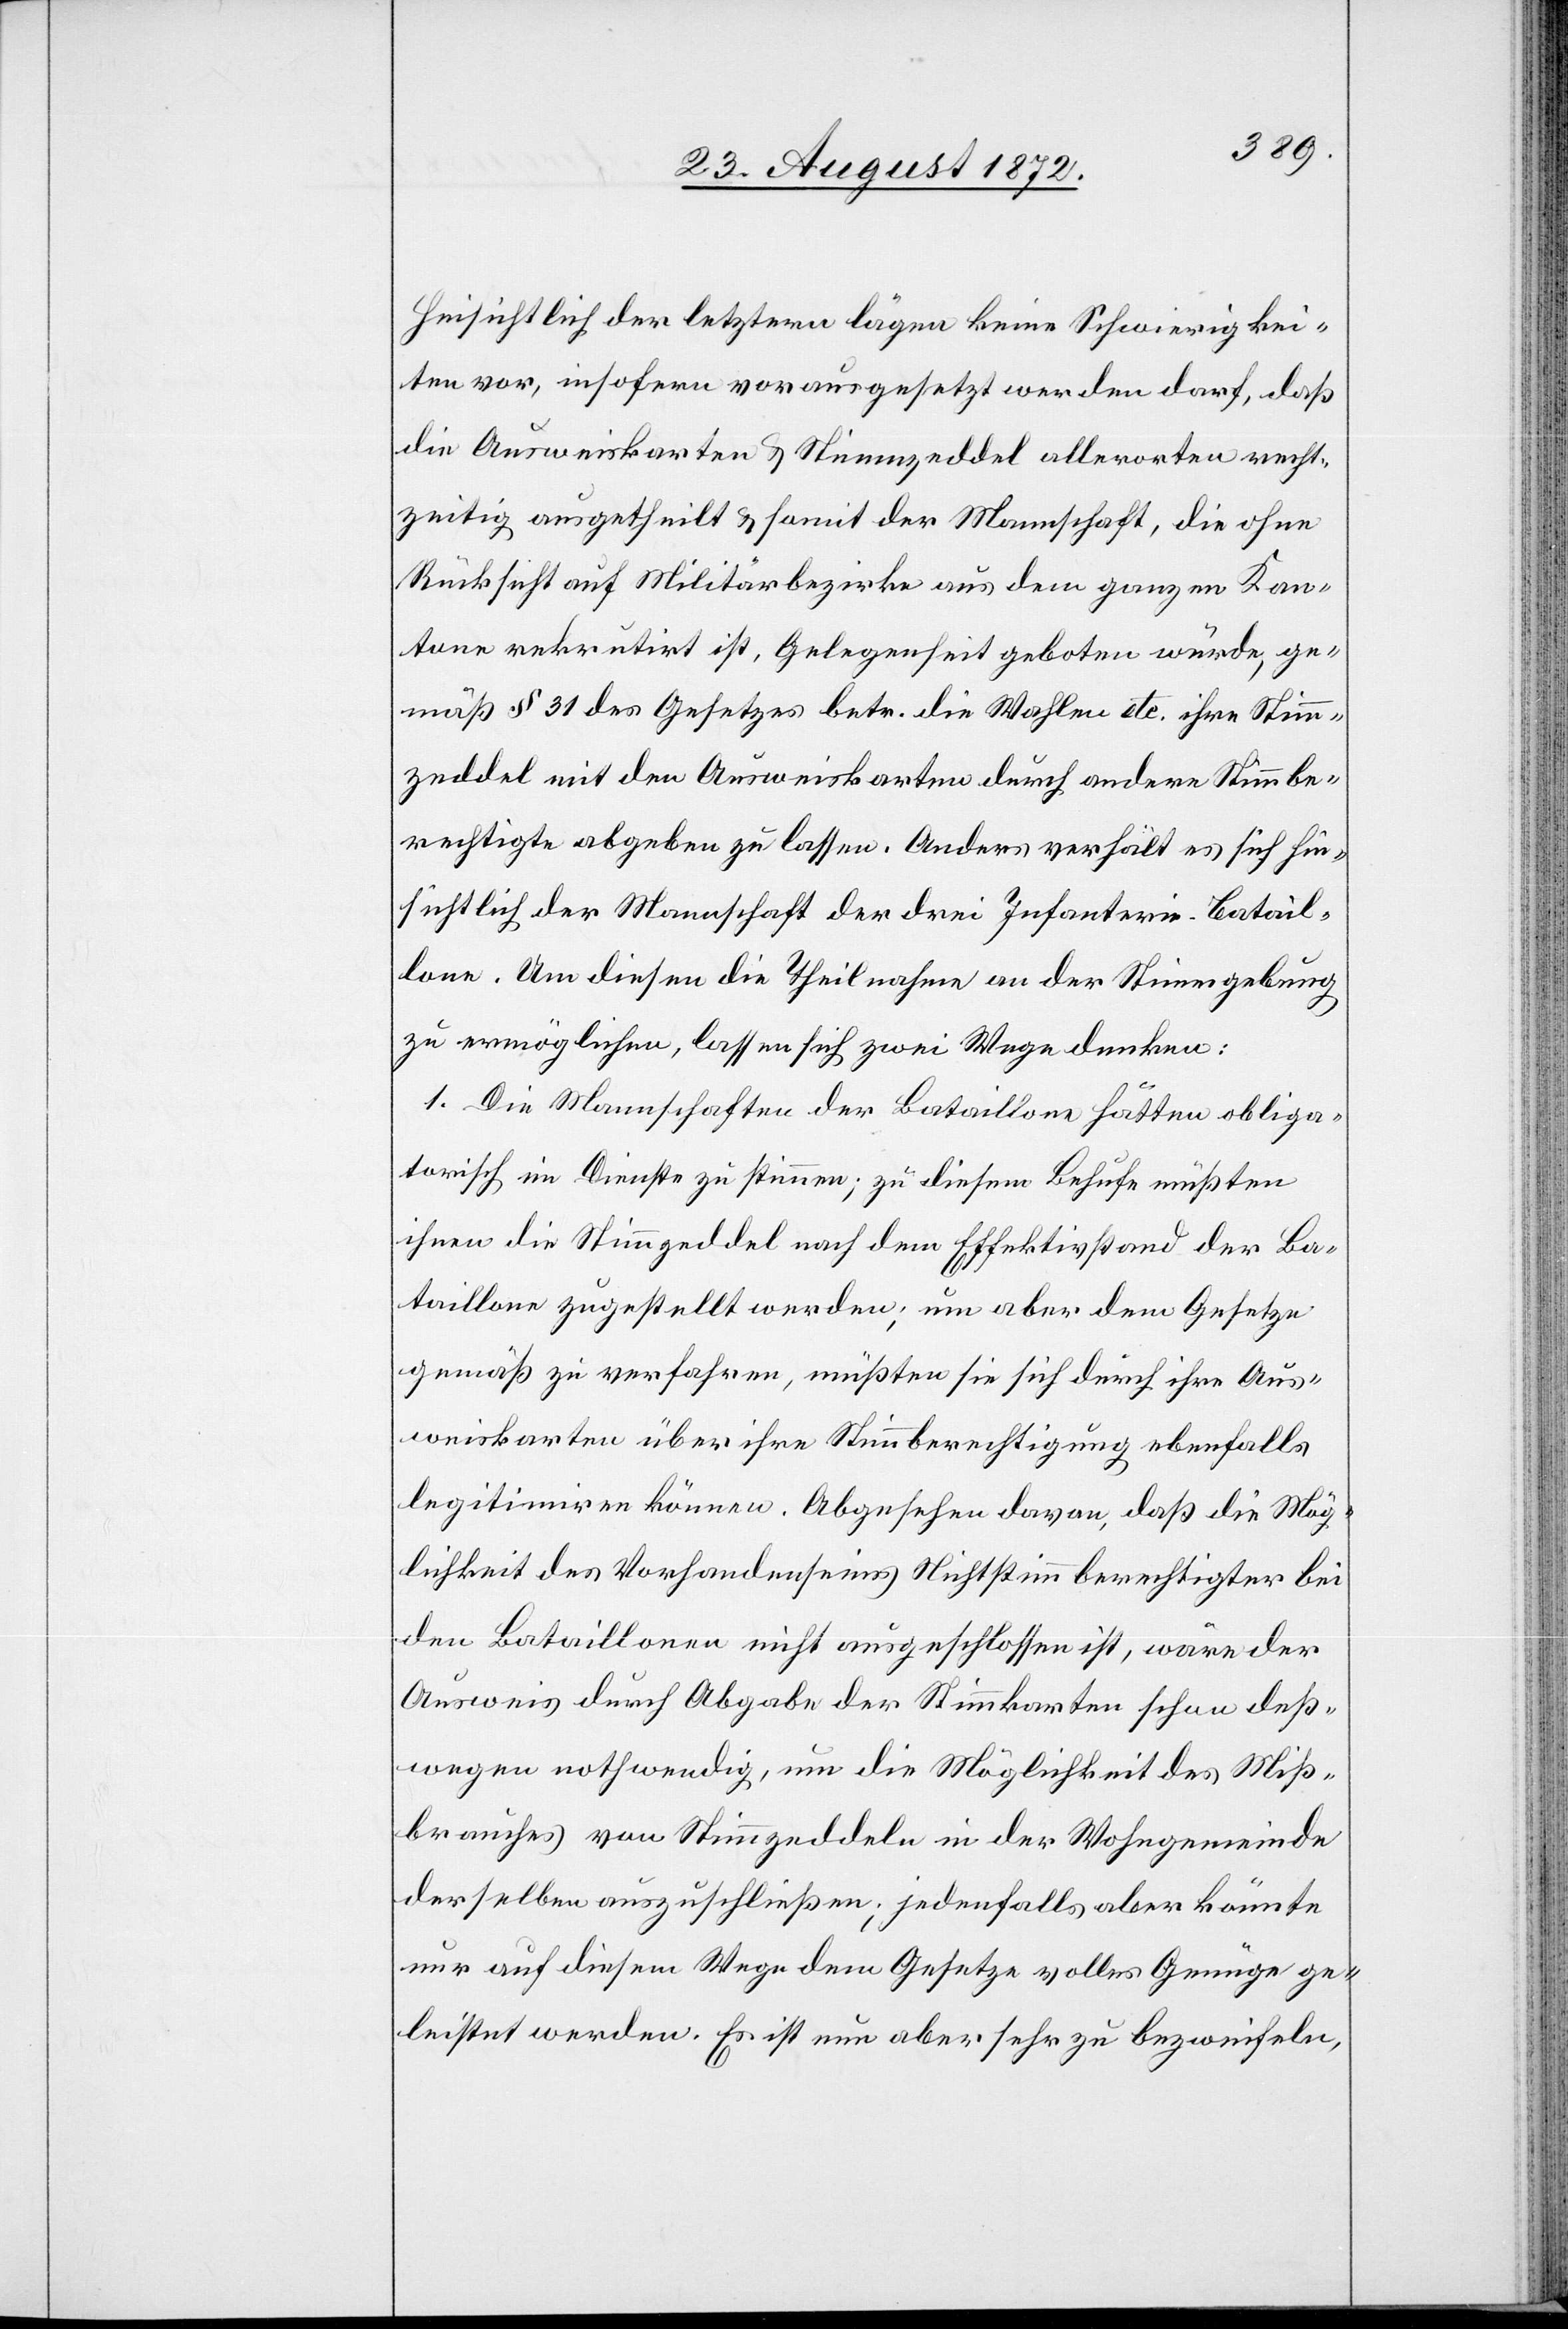
Hinsichtlich der letztern lägen keine Schwierigkei¬
ten vor, insofern vorausgesetzt werden darf, daß
die Ausweiskarten u. Stimmzeddel allerorten recht¬
zeitig ausgetheilt u. somit der Mannschaft, die ohne
Rücksicht auf Militärbezirke aus dem ganzen Kan¬
tone rekrutirt ist, Gelegenheit geboten würde, ge¬
mäß § 31 des Gesetzes betr. die Wahlen etc. ihre Stimm¬
zeddel mit dem Ausweiskarten durch andere Stimmbe¬
rechtigte abgeben zu lassen. Anders verhält es sich hin¬
sichtlich der Mannschaft der drei Infanterie-Batail¬
lone. Um diesen die Theilnahme an der Stimmgebung
zu ermöglichen, lassen sich zwei Wege denken:
1. Die Mannschaften der Bataillone hätten obliga¬
torisch im Dienste zu stimmen; zu diesem Behufe müßten
ihnen die Stimmzeddel nach dem Effektivstand der Ba¬
taillone zugestellt werden; um aber dem Gesetze
gemäß zu verfahren, müßten sie sich durch ihre Aus¬
weiskarten über ihre Stimmberechtigung ebenfalls
legitimiren können. Abgesehen davon, daß die Mög¬
lichkeit des Vorhandenseins Nichtstimmberechtigter bei
den Bataillonen nicht ausgeschlossen ist, wäre der
Ausweis durch Abgabe der Stimmkarten schon deß¬
wegen nothwendig, um die Möglichkeit des Miß¬
brauches vom Stimmzeddeln in der Wohngemeinde
derselben auszuschließen; jedenfalls aber könnte
nur auf diesem Wege dem Gesetze volles Genüge ge¬
leistet werden. Es ist nun aber sehr zu bezweifeln,